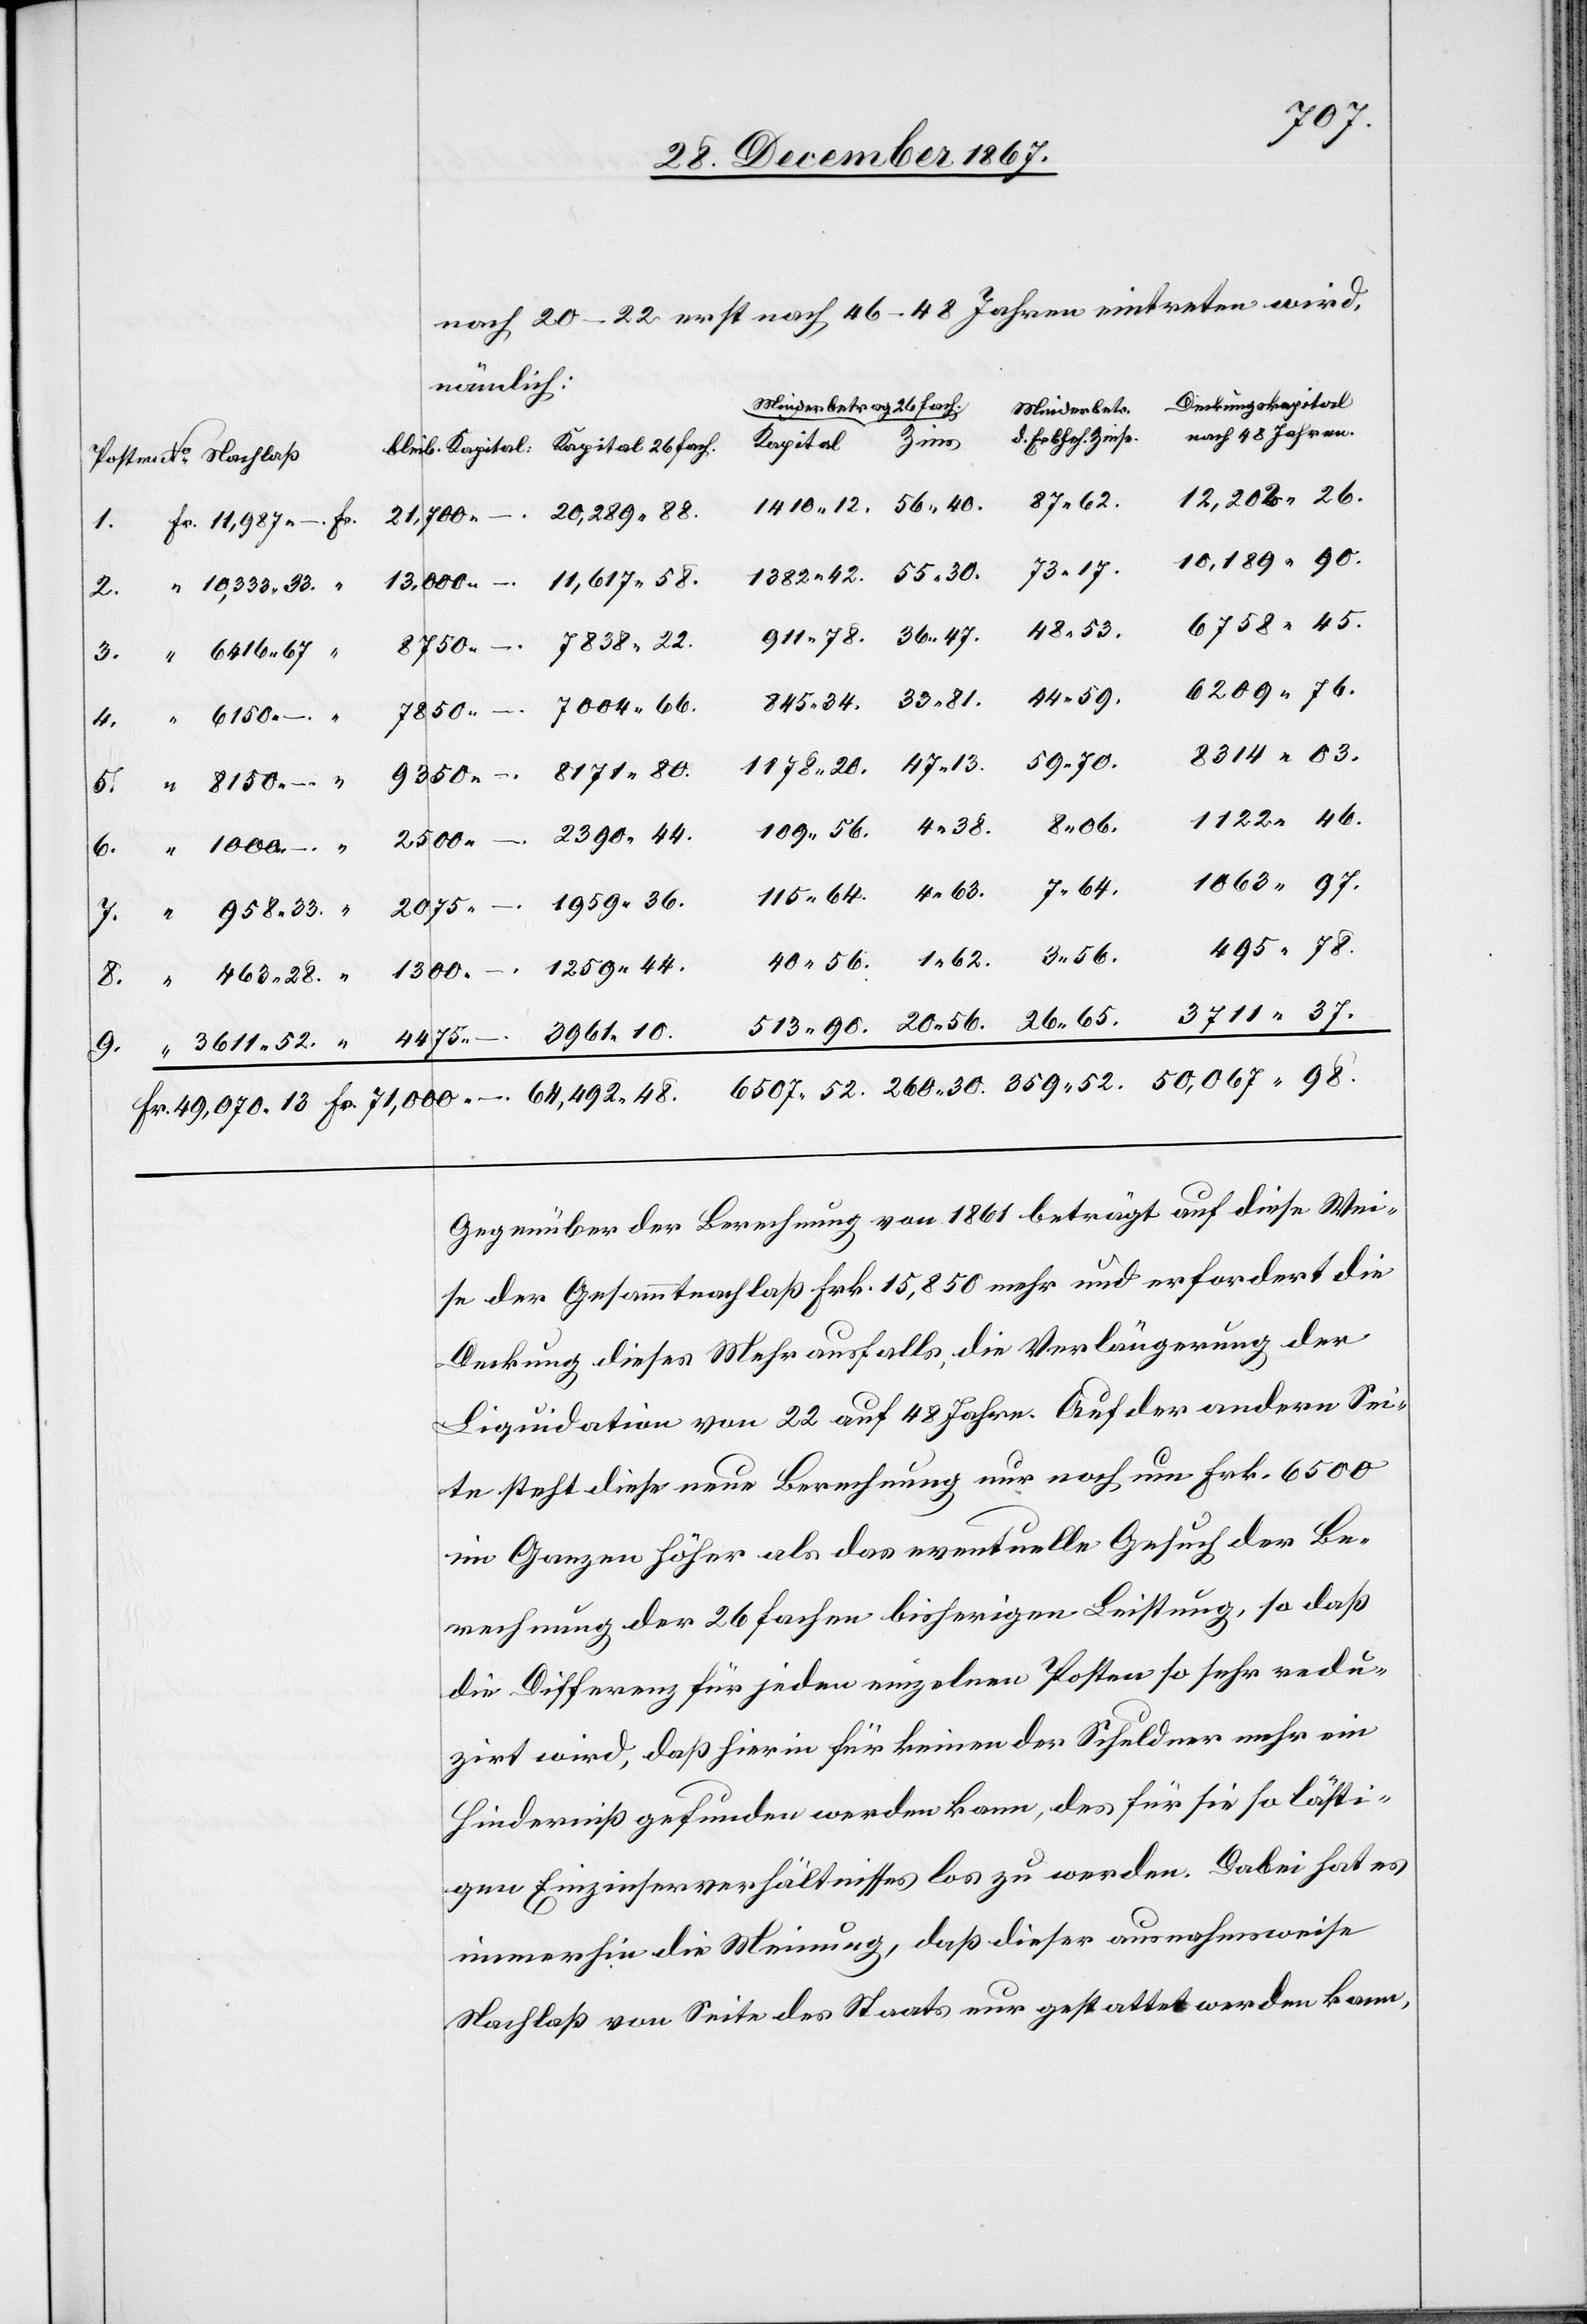
359.52.
nach 20–22 erst nach 46–48 Jahren eintreten wird,
nämlich
8.
Gegenüber der Berechnung von 1861 beträgt auf diese Wei¬
se der Gesammtnachlaß Frk 15 850 mehr und erfordert die
Deckung dieses Mehrausfalls die Verlängerung der
Liquidation von 22 auf 48 Jahre. Auf der andern Sei¬
te steht diese neue Berechnung nur noch um Frk. 6500
im Ganzen höher als das eventuelle Gesuch der Be¬
rechnung der 26 fachen bisherigen Leistung, so daß
die Differenz für jeden einzelnen Posten so sehr redu¬
zirt wird, daß hierin für keinen der Schuldner mehr ein
Hinderniß gefunden werden kann, des für sie so lästi¬
gen Einzinserverhältnisses los zu werden. Dabei hat es
immerhin die Meinung, daß dieser ausnahmsweise
Nachlaß von Seite des Staats nur gestattet werden kann,